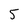
Character: 5